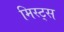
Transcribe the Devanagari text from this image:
मिस्ट्स